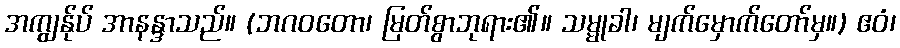
အကျွန်ုပ် အာနန္ဒာသည်။ (ဘဂဝတော၊ မြတ်စွာဘုရား၏။ သမ္မုခါ၊ မျက်မှောက်တော်မှ။) ဧဝံ၊